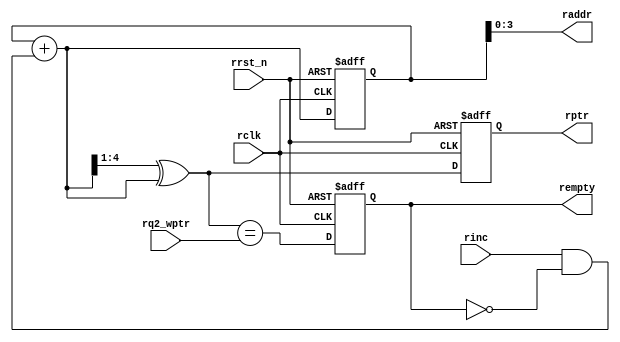
module rptr_empty(rempty,raddr,rptr,rq2_wptr,rinc, rclk, rrst_n);   //Read pointer & empty generation logic
parameter ADDRSIZE = 4;

output reg rempty;
output [ADDRSIZE-1:0] raddr;
output reg [ADDRSIZE :0] rptr;
input [ADDRSIZE :0] rq2_wptr;
input rinc, rclk, rrst_n;

reg [ADDRSIZE:0] rbin;
wire [ADDRSIZE:0] rgraynext, rbinnext;

always @(posedge rclk or negedge rrst_n) //Dual n-bit Gray code counter
 if (!rrst_n) {rbin, rptr} <= 0;
 else {rbin, rptr} <= {rbinnext, rgraynext};
 
 assign raddr = rbin[ADDRSIZE-1:0]; //using binary to address memory
 assign rbinnext = rbin + (rinc & ~rempty);
 assign rgraynext = (rbinnext>>1) ^ rbinnext;
 
 assign rempty_val = (rgraynext == rq2_wptr);   // FIFO empty when the next rptr == synchronized wptr or on reset
 always @(posedge rclk or negedge rrst_n)
 if (!rrst_n) rempty <= 1'b1;
 else rempty <= rempty_val;

endmodule